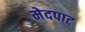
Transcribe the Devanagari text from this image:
मेदपाट